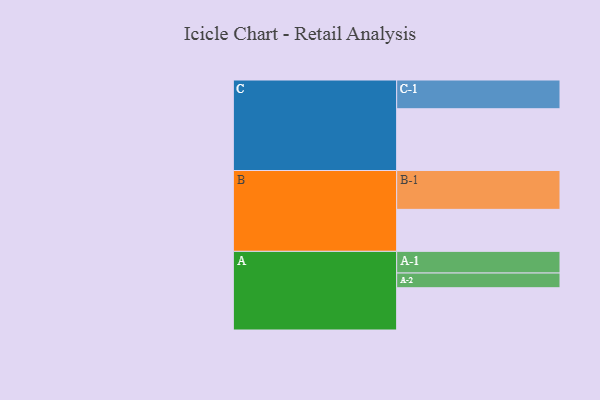
{"axis": {"x": "Segment", "y": "Value"}, "legend": ["", "A", "B", "C"], "data": [{"x": "A", "y": 310, "type": ""}, {"x": "B", "y": 308, "type": ""}, {"x": "C", "y": 453, "type": ""}, {"x": "A-1", "y": 159, "type": "A"}, {"x": "A-2", "y": 108, "type": "A"}, {"x": "B-1", "y": 285, "type": "B"}, {"x": "C-1", "y": 211, "type": "C"}]}